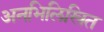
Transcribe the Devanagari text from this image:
अनभिलिखित